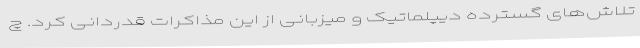
تلاش‌های گسترده دیپلماتیک و میزبانی از این مذاکرات قدردانی کرد. چ